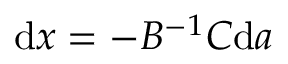
{ \mathrm { d } } x = - B ^ { - 1 } C { \mathrm { d } } a